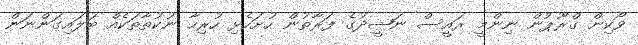
ވޯކިން ގްރޫޕުން ނިންމީ ރައީސް ނަޝީދުގެ ފަރާތުން ހުށަހެޅި ހުރިހާ ނުކުތާތަކެއް ބަލައިގަންނަން